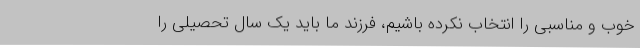
خوب و مناسبی را انتخاب نکرده باشیم، فرزند ما باید یک سال تحصیلی را